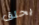
يحلق